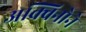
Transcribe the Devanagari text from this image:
अक्विनोने